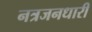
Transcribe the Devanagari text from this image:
नत्रजनधारी